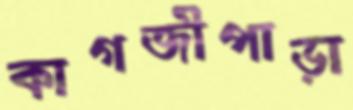
কাগজীপাড়া